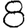
Digit: 8